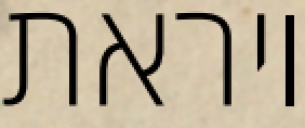
ויראת